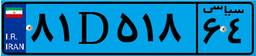
۸۲D۳۸۱۵۴